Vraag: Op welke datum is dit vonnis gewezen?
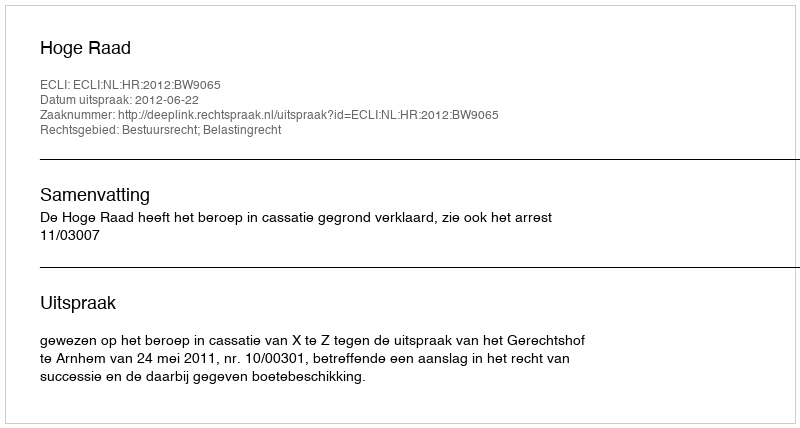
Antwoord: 2012-06-22